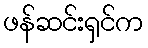
ဖန်ဆင်းရှင်က